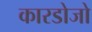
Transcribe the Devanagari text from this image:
कारडोजो